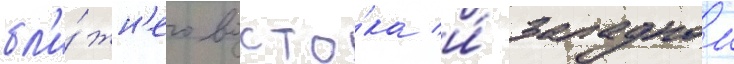
бл'и́жн'его восто́ка и́ западнои